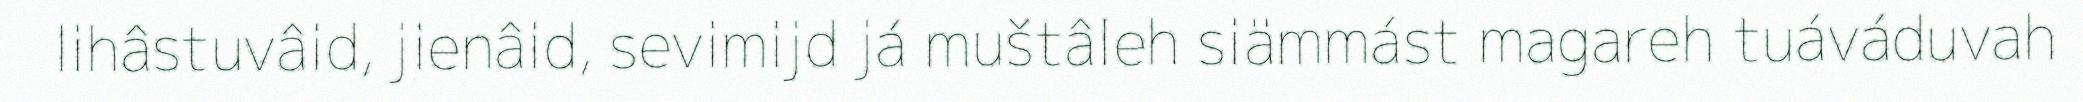
lihâstuvâid, jienâid, sevimijd já muštâleh siämmást magareh tuáváduvah